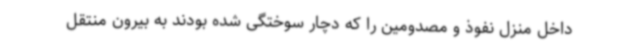
داخل منزل نفوذ و مصدومین را که دچار سوختگی شده بودند به بیرون منتقل